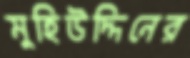
মুহিউদ্দিনের